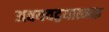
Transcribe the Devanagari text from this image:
अवयवद्वयात्मक